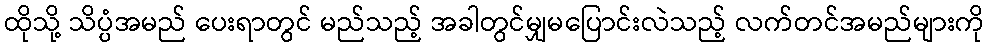
ထိုသို့ သိပ္ပံအမည် ပေးရာတွင် မည်သည့် အခါတွင်မျှမပြောင်းလဲသည့် လက်တင်အမည်များကို